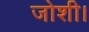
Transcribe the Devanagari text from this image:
जोशी।